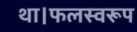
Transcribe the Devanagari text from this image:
था।फलस्वरूप